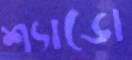
শ্যাডো